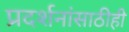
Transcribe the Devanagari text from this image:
प्रदर्शनांसाठीही